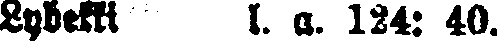
Lybekki 1. a. 124: 40.